Medical and sanitary report of the native army of Madras for the year
Year: 1878
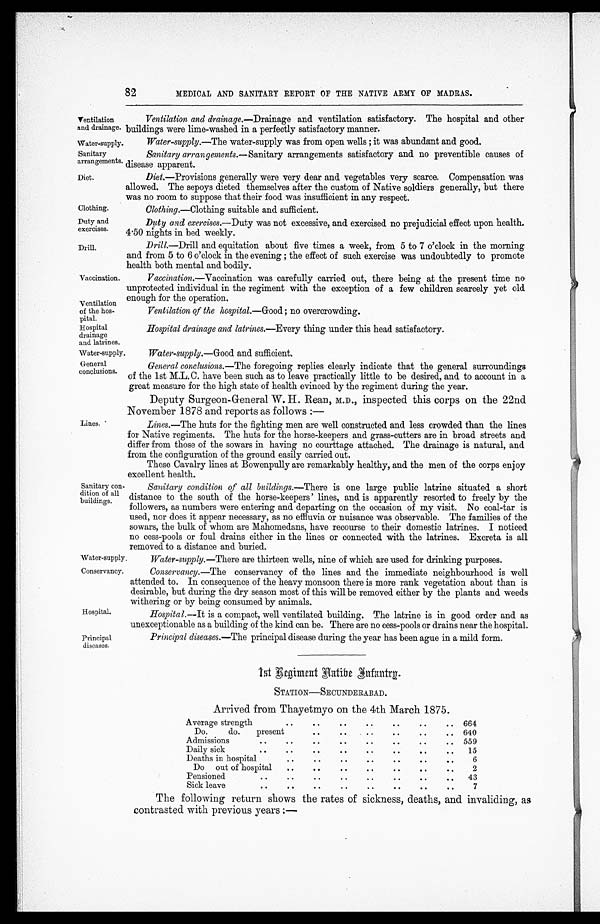
Ventilation
and drainage.
Water-supply
. Sanitary
arrangements.
Diet.
Hospital.
Principal
diseases.
82
MEDICAL AND SANITARY REPORT OF THE NATIVE ARMY OF MADRAS.
Clothing.
Duty and
exercises
. Drill.
Vaccination.
Ventilation
of the hos-
pital.
Hospital
drainage
and latrines.
Water-supply.
General
conclusions.
Lines.
Sanitary con
- d i t i o n o f a l l
buildings.
Ventilation and drainage.—Drainage and ventilation satisfactory. The hospital and other
buildings were lime-washed in a perfectly satisfactory manner.
Water-supply.— The water-supply was from open wells ; it was abundant and good.
Sanitary arrangements.— Sanitary arrangements satisfactory and no preventible causes of
disease apparent.
Diet.—Provisions generally were very dear and vegetables very scarce. Compensation was
allowed. The sepoys dieted themselves after the custom of Native soldiers generally, but there
was no room to suppose that their food was insufficient in any respect.
Clothing.—Clothing suitable and sufficient.
Duty and exercises.—Duty was not excessive, and exercised no prejudicial effect upon health.
4.50 nights in bed weekly.
Drill.—Drill and equitation about five times a week, from 5 to 7 o'clock in the morning
and from 5 to 6 o'clock in the evening ; the effect of such exercise was undoubtedly to promote
health both mental and bodily.
Vaccination.—Vaccination was carefully carried out, there being at the present time no
unprotected individual in the regiment with the exception of a few children scarcely yet old
enough for the operation.
Ventilation of the hospital.— Good; no overcrowding.
Hospital drainage and latrines.— Every thing under this head satisfactory.
Water-supply.— Good and sufficient.
General conclusions.— The foregoing replies clearly indicate that the general surroundings
of the 1st M.L.C. have been such as to leave practically little to be desired, and to account in a
great measure for the high state of health evinced by the regiment during the year.
Deputy Surgeon-General W. H. Rean, M.D., inspected this corps on the 22nd
November 1878 and reports as follows :-
Lines.—The huts for the fighting men are well constructed and less crowded than the lines
for Native regiments. The huts for the horse-keepers and grass-cutters are in broad streets and
differ from those of the sowars in having no courttage attached. The drainage is natural, and
from the configuration of the ground easily carried out.
These Cavalry lines at Bowenpully are remarkably healthy, and the men of the corps enjoy
excellent health.
Sanitary condition of all buildings.—There is one large public latrine situated a short
distance to the south of the horse-keepers' lines, and is apparently resorted to freely by the
followers, as numbers were entering and departing on the occasion of my visit. No coal-tar is
used, nor does it appear necessary, as no effluvia or nuisance was observable. The families of the
sowars, the bulk of whom are Mahomedans, have recourse to their domestic latrines. I noticed
no cess-pools or foul drains either in the lines or connected with the latrines. Excreta is all
removed to a distance and buried.
Water-supply
Conservancy.
Water-supply.—There are thirteen wells, nine of which are used for drinking purposes.
Conservancy.—The conservancy of the lines and the immediate neighbourhood is well
attended to. In consequence of the heavy monsoon there is more rank vegetation about than is
desirable, but during the dry season most of this will be removed either by the plants and weeds
withering or by being consumed by animals.
Hospita1.— It is a compact, well ventilated building. The latrine is in good order and as
unexceptionable as a building of the kind can be. There are no cess-pools or drains near the hospital.
Principal diseases.— The principal disease during the year has been ague in a mild form.
11t Regiment Native
Infantry.
STATION—SECUNDERABAD.
Arrived from Thayetmyo on the 4th March 1875.
Average strength
..
..
. .
..
. .
. .
.. 664
Do.
do.
present
..
. .
..
. .
..
.. 640
Admissions
. .
..
..
..
..
. .
. .
.. 559
Daily sick
. .
. .
..
..
..
..
. .
..
15
Deaths in hospital
..
. .
. .
..
. .
..
. .
6
Do
out of hospital
..
. .
..
. .
. .
. .
. .
2
Pensioned
..
..
. .
. .
..
. .
. .
..
43
Sick leave
..
. .
. .
..
. .
. .
. .
. .
7
The following return shows the rates of sickness, deaths, and invaliding, as
contrasted with previous years :-